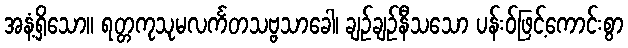
အနံ့ရှိသော။ ရတ္တကုသုမလင်္ကတသဗ္ဗသာခေါ၊ ချဉ်ချဉ်နီသသော ပန်းဝ်ဖြင့်ကောင်းစွာ